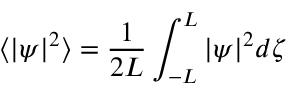
\langle | \psi | ^ { 2 } \rangle = \frac { 1 } { 2 L } \int _ { - L } ^ { L } | \psi | ^ { 2 } d \zeta